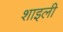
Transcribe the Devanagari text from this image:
शाइली